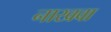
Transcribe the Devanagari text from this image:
नाखवा